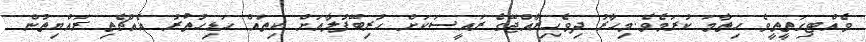
ވެއްޓިގަތީތީވެ ހިތާމަ ކުރަމެވެ.މިހާރު ދިވެހިރާއްޖޭގެ ރައީސަކަށް ހުރިބޭފުލާއަށް ކިތައް ހަޑިހުތުރު އެއްޗެތި ރައްޔިތުން